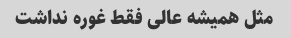
مثل همیشه عالی فقط غوره نداشت